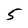
Character: 5